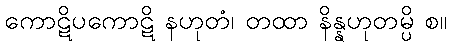
ကောဋိပကောဋိ နဟုတံ၊ တထာ နိန္နဟုတမ္ပိ စ။